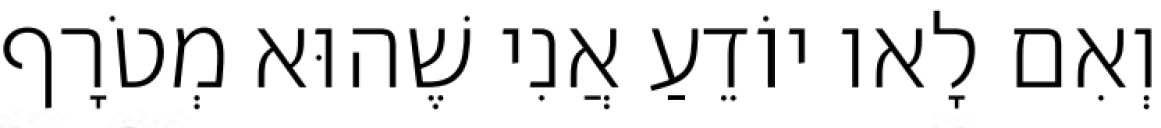
וְאִם לָאו יוֹדֵעַ אֲנִי שֶׁהוּא מְטֹרָף